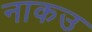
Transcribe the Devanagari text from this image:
नाकउ